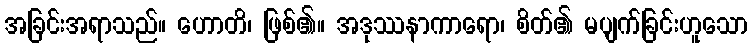
အခြင်းအရာသည်။ ဟောတိ၊ ဖြစ်၏။ အဒုဿနာကာရော၊ စိတ်၏ မပျက်ခြင်းဟူသော